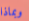
وبماذا